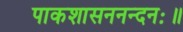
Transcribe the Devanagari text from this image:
पाकशासननन्दनः॥